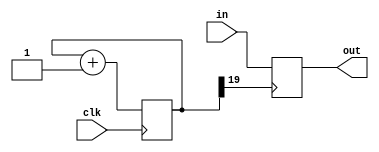
module debouncer 

	#(parameter SIZE = 1)

	(
		input 						clk,
		input 		[SIZE-1:0]	in,
		output reg 	[SIZE-1:0]	out
	);
	
	reg [19:0] count;
	
	always @(posedge clk)
		count <= count + 1'b1;
		
	always @(posedge count[19])
		out <= in;

endmodule